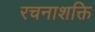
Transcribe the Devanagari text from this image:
रचनाशक्ति